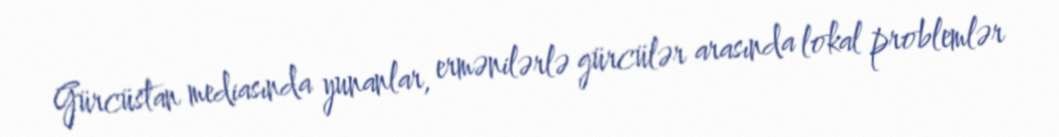
Gürcüstan mediasında yunanlar, ermənilərlə gürcülər arasında lokal problemlər